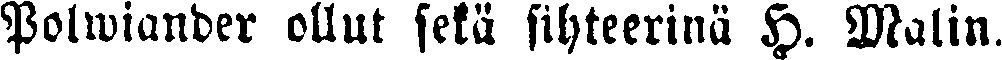
Polwiander ollut sekä sihteerinä H. Malin.